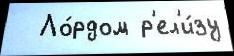
  Ло́рдом р'ел'и́зу